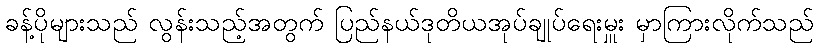
ခန့်ပိုများသည် လွန်းသည့်အတွက် ပြည်နယ်ဒုတိယအုပ်ချုပ်ရေးမှူး မှာကြားလိုက်သည်